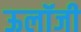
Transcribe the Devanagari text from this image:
ऊलॉजी